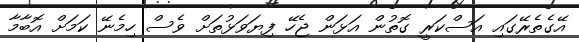
އޭގެތެރޭގައި އަސްކަރީ ގޮތުން އަޅަން ޖެހޭ ފިޔަވަޅުތަށް ވެސް ހިމެނޭ ކަމަށް އޮބާމާ